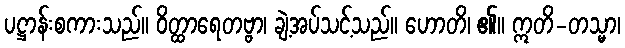
ပဋ္ဌာန်းစကားသည်။ ဝိတ္ထာရေတဗ္ဗာ၊ ချဲ့အပ်သင့်သည်။ ဟောတိ၊ ၏။ ဣတိ-တသ္မာ၊